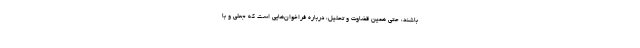
باشند، حتی همین قضاوت و تحلیل، درباره فراخوان‌هایی است که جعلی و با